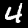
Digit: 4